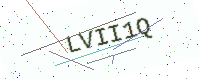
Text: LVII1Q